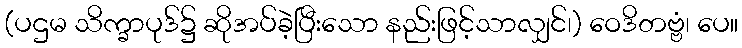
(ပဌမ သိက္ခာပုဒ်၌ ဆိုအပ်ခဲ့ပြီးသော နည်းဖြင့်သာလျှင်၊) ဝေဒိတဗ္ဗံ၊ ပေ။